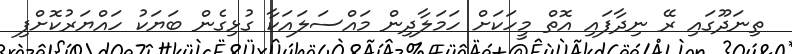
ތިނަދޫގައި ރޭ ނިދާފައި އޮތް މީހަކަށް ހަމަލާދިން މައްސަލައަކާ ގުޅިގެން ބަޔަކު ހައްޔަރުކޮށްފި